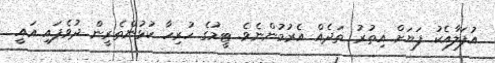
އުފަލާއެކު ފަޔަށް އިތުރު ތަދެއް އެރުމުންނެވެ. ޓީމުގެ ހުރިހާ ކުޅުންތެރީން ދުވެފައި އައީ